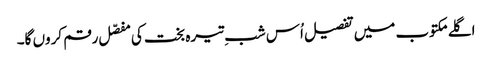
اگلے مکتوب میں تفصیل اُس شبِ تیرہ بخت کی مفصّل رقم کروں گا۔